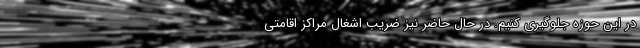
در این حوزه جلوگیری کنیم. در حال حاضر نیز ضریب اشغال مراکز اقامتی